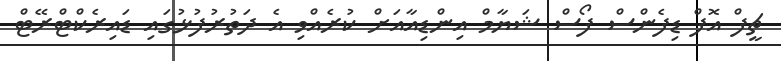
ޗީފް އޮފް ޑިފެންސް ފޯސް ޝަޔާމް އިންޑިއާއަށް ކުރެއްވި އެ ދަތުރުފުޅުގައި ޑައިރެކްޓްރޭޓް